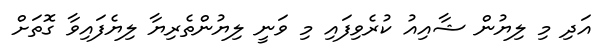
އަދި މި ލިޔުން ޝާއިއު ކުރެވިފައި މި ވަނީ ލިޔުންތެރިޔާ ލިޔެފައިވާ ގޮތަށް